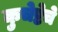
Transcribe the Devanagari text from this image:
कुचेष्टेचे